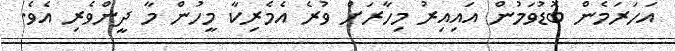
އަހަރަމެން ބޮޑުވަމުން އައިއިރު މިހާރަށް ވުރެ އެމެރިކާ މީހުން މާ ދީންވެރި އެވެ.